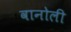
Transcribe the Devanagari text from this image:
वानोली